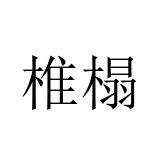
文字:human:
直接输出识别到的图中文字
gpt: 椎榻